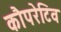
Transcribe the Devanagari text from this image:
कौपरेटिव